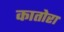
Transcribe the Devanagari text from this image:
कातोरा